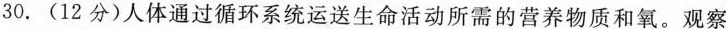
30.（12分）人体通过循环系统运送生命活动所需的营养物质和氧。观察